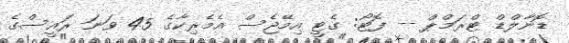
ޑޮނާލްޑް ޓްރަމްޕް -- ފޮޓޯ: ގެޓީ އިމޭޖެސް އެމެރިކާގެ 45 ވަނަ ރައީސްގެ